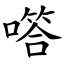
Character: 㗳